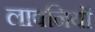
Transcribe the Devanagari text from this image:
लावनियों